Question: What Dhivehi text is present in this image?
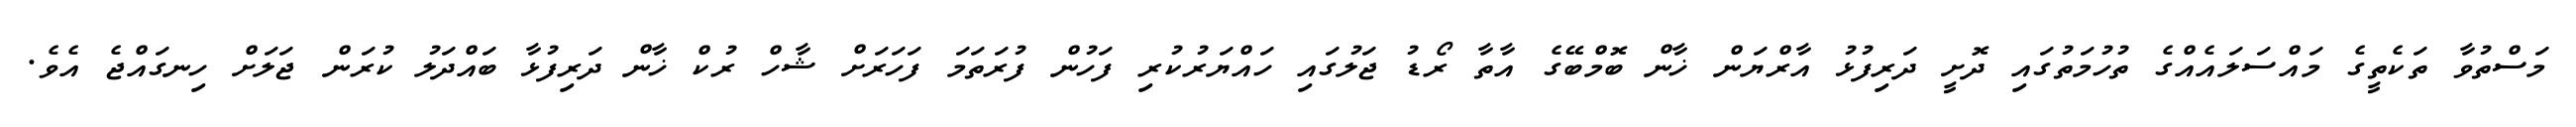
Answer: މަސްތުވާ ތަކެތީގެ މައްސަލައެއްގެ ތުހުމަތުގައި ދޮށީ ދަރިފުޅު އާރްޔަން ޚާން ބޮމްބޭގެ އާތާ ރޯޑު ޖަލުގައި ހައްޔަރުކުރި ފަހުން ފުރަތަމަ ފަހަރަށް ޝާހް ރުކް ޚާން ދަރިފުޅާ ބައްދަލު ކުރަން ޖަލަށް ހިނގައްޖެ އެވެ.